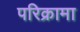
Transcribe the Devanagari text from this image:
परिक्रामा